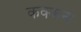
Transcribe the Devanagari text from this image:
कक्कना